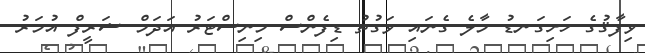
ވިފާޤުގެ ހަށިގަނޑު މާލެ ގެނައި ވަގުތު ޑިފެންސް މިނިސްޓަރު އަދަމް ޝަރީފް އުމަރު